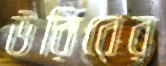
উরিবের